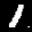
Label: 1